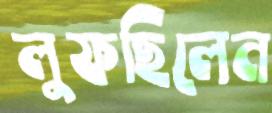
লুফছিলেন